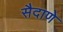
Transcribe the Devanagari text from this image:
सैदाणे